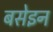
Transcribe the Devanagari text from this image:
बसेइन